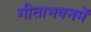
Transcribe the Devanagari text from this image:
गीताभवनमें